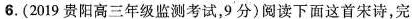
6.(2019贵阳高三年级监测考试，9分)阅读下面这首宋诗，完